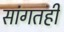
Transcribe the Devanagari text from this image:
सांगतही